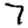
Digit: 7